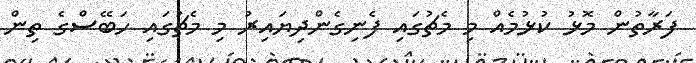
ފަރާތުން މޮޅު ކުޅުމެއް މި މެޗުގައި ފެނިގެންދިޔައިރު މި މެޗުގައި ހަބޭސްގެ ތިން